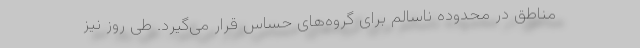
مناطق در محدوده ناسالم برای گروه‌های حساس قرار می‌گیرد. طی روز نیز